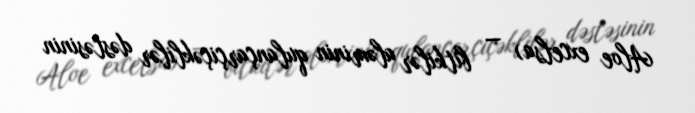
Aloe excelsa) — bitkilər aləminin qulançarçiçəklilər dəstəsinin